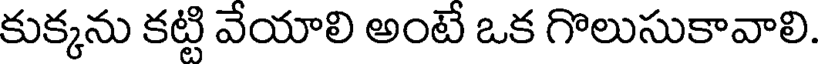
కుక్కను కట్టి వేయాలి అంటే ఒక గొలుసుకావాలి.